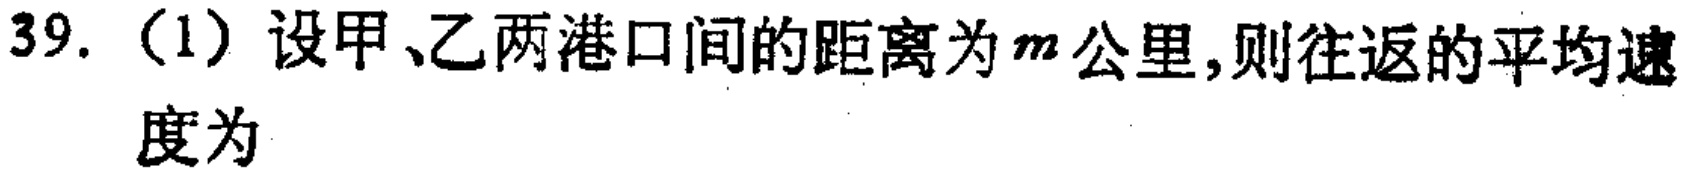
39.（1）设甲、乙两港口间的距离为\(m\)公里,则往返的平均速度为